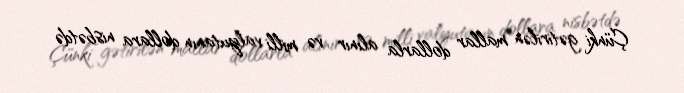
Çünki gətirilən mallar dollarla alınır və milli valyutanın dollara nisbətdə